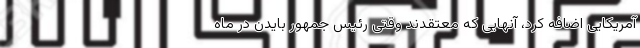
آمریکایی اضافه کرد، آنهایی که معتقدند وقتی رئیس جمهور بایدن در ماه